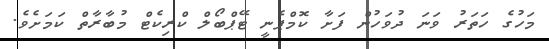
މަހުގެ ހަތަރު ވަނަ ދުވަހުން ފަށާ ކޮމްޕެނީ ޓޭޕްބޯލް ކްރިކެޓް މުބާރާތް ކަމަށެވެ.